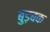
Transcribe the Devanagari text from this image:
बुड़बक